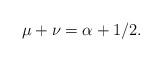
LaTeX: \begin{align*}\mu+\nu=\alpha+1/2.\end{align*}